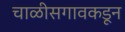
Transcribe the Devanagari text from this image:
चाळीसगावकडून